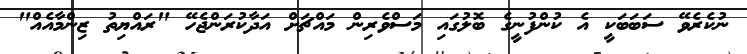
ނުކެރެވޭ ސަބަބަކީ އެ ކުންފުނީގެ ބޮލުގައި މަސްވެރިން މައްޗަށް އަދާކުރަންޖެހޭ "ރައްޔިތު ޒިންމާއެއް"